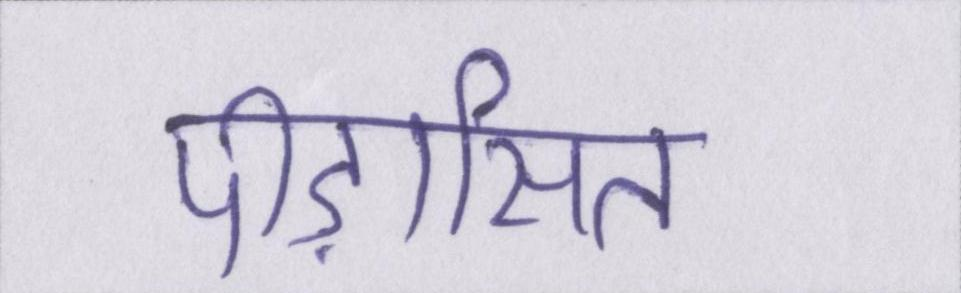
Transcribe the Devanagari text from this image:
पीड़ासित